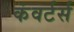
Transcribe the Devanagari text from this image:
कंवर्टर्स